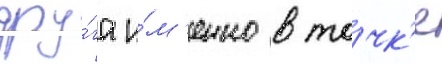
дру́га и́м'енно в то́чк'е